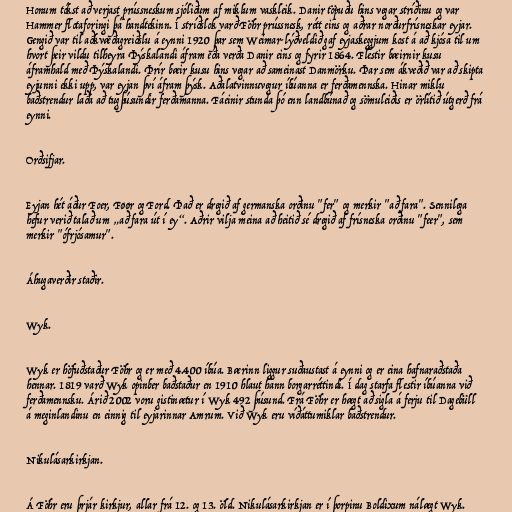
Honum tókst að verjast prússneskum sjóliðum af miklum vaskleik. Danir töpuðu hins vegar stríðinu og var
Hammer flotaforingi þá handtekinn. Í stríðslok varð Föhr prússnesk, rétt eins og aðrar norðurfrísneskar eyjar.
Gengið var til aðkvæðagreiðslu á eynni 1920 þar sem Weimar-lýðveldið gaf eyjaskeggjum kost á að kjósa til um
hvort þeir vildu tilheyra Þýskalandi áfram eða verða Danir eins og fyrir 1864. Flestir bæirnir kusu
áframhald með Þýskalandi. Þrír bæir kusu hins vegar að sameinast Danmörku. Þar sem ákveðið var að skipta
eyjunni ekki upp, var eyjan því áfram þýsk. Aðalatvinnuvegur íbúanna er ferðamennska. Hinar miklu
baðstrendur laða að tugþúsundir ferðamanna. Fáeinir stunda þó enn landbúnað og sömuleiðis er örlítið útgerð frá
eynni.

Orðsifjar.

Eyjan hét áður Foer, Føør og Ford. Það er dregið af germanska orðinu "fer" og merkir "að fara". Sennilega
hefur verið talað um „að fara út í ey“. Aðrir vilja meina að heitið sé dregið af frísneska orðinu "feer", sem
merkir "ófrjósamur".

Áhugaverðir staðir.

Wyk.

Wyk er höfuðstaður Föhr og er með 4.400 íbúa. Bærinn liggur suðaustast á eynni og er eina hafnaraðstaða
hennar. 1819 varð Wyk opinber baðstaður en 1910 hlaut hann borgarréttindi. Í dag starfa flestir íbúanna við
ferðamennsku. Árið 2002 voru gistinætur í Wyk 492 þúsund. Frá Föhr er hægt að sigla á ferju til Dagebüll
á meginlandinu en einnig til eyjarinnar Amrum. Við Wyk eru víðáttumiklar baðstrendur.

Nikulásarkirkjan.

Á Föhr eru þrjár kirkjur, allar frá 12. og 13. öld. Nikulásarkirkjan er í þorpinu Boldixum nálægt Wyk.